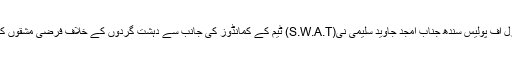
بعد ازاںانسپکٹر جنرل آف پولیس سندھ جناب امجد جاوید سلیمی نی(S.W.A.T) ٹیم کے کمانڈوز کی جانب سے دہشت گردوں کے خلاف فرضی مشقوں کا مظاہرہ بھی دیکھا۔